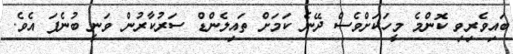
ބައިވެރިވި ކޮންމެ މީހަކަށްވެސް ދޭނެ ކަމަށް ތައިލެންޑް ސަރުކާރުން ވަނީ ބުނެފަ އެވެ.